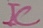
Text: IC